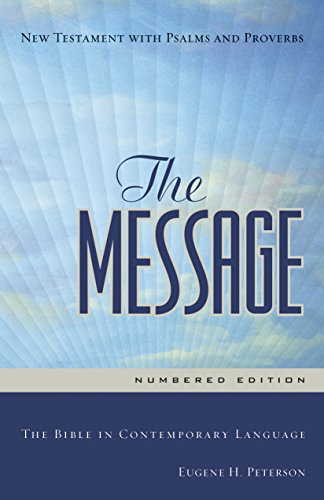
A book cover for The Message: The Bible in Contemporary Language (New Testament with Psalms and Proverbs); Christian Books & Bibles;